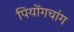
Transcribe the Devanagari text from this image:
पियोंगचांग